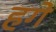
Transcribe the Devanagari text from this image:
हगे